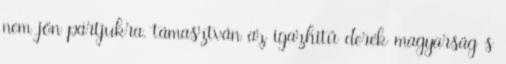
nem jön pártjukra, támasztván az igazhitű derék magyarság s